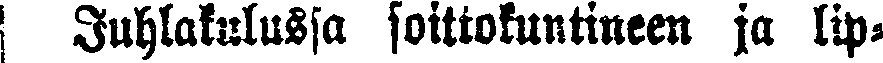
Juhlakulussa soittokuntineen ja lip-